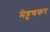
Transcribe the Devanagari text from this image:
मेहूणकर